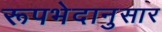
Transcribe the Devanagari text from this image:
रूपभेदानुसार